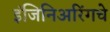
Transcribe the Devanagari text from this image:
इंजिनिअरिंगचे